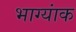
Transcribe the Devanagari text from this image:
भाग्यांक